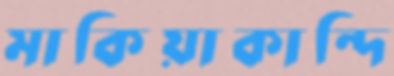
মাকিয়াকান্দি